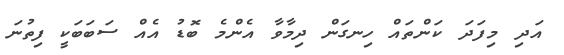
އަދި މިފަދަ ކަންތައް ހިނގަން ދިމާވާ އެންމެ ބޮޑު އެއް ސަބަބަކީ ފިތުނަ